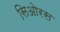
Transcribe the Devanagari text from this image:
सिओरस